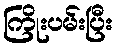
ကြိုးပမ်းပြီး